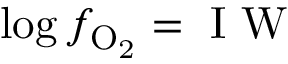
\log f _ { \mathrm { O _ { 2 } } } = \mathrm { ~ I ~ W ~ }